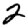
Digit: 2